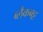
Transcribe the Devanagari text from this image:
ब्लैकबट्ट